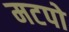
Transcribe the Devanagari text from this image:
मटपो